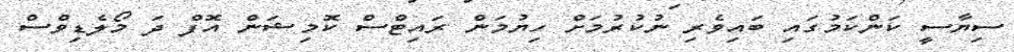
ސިޔާސީ ކަންކަމުގައި ބައިވެރި ނުކުރުމަށް ހިޔުމަން ރައިޓްސް ކޮމިޝަން އޮފް ދަ މޯލެޑިވްސް